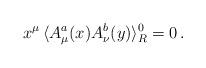
LaTeX: \begin{align*}x^\mu \,\langle A^a_\mu(x) A^b_\nu(y) \rangle_R^0 =0 \,.\end{align*}